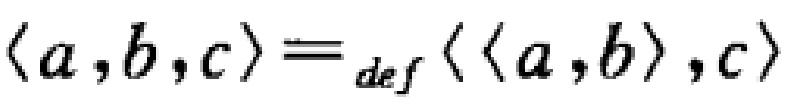
$\langle a,b,c\rangle \equiv_{def} \langle\langle a,b\rangle,c\rangle$